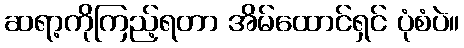
ဆရာ့ကိုကြည့်ရတာ အိမ်ထောင်ရှင် ပုံစံပဲ။